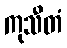
ကုသီတံ